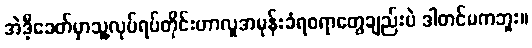
အဲဒီ့ခေတ်မှာသူ့လုပ်ရပ်တိုင်းဟာလူအမုန်းခံရစရာတွေချည်းပဲ ဒါတင်မကဘူး။